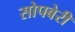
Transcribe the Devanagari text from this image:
सोपबेरी